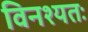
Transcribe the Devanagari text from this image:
विनश्यतः